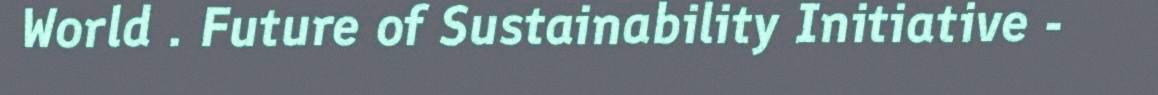
World . Future of Sustainability Initiative -